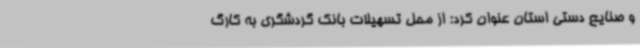
و صنایع دستی استان عنوان کرد: از محل تسهیلات بانک گردشگری به کارگ